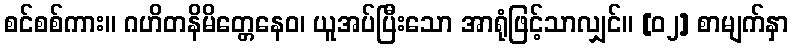
စင်စစ်ကား။ ဂဟိတနိမိတ္တေနေဝ၊ ယူအပ်ပြီးသော အာရုံဖြင့်သာလျှင်။ [၀၂] စာမျက်နှာ